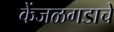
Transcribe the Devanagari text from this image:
केंजळगडाचे